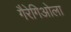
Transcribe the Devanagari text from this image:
गैरेगिओला